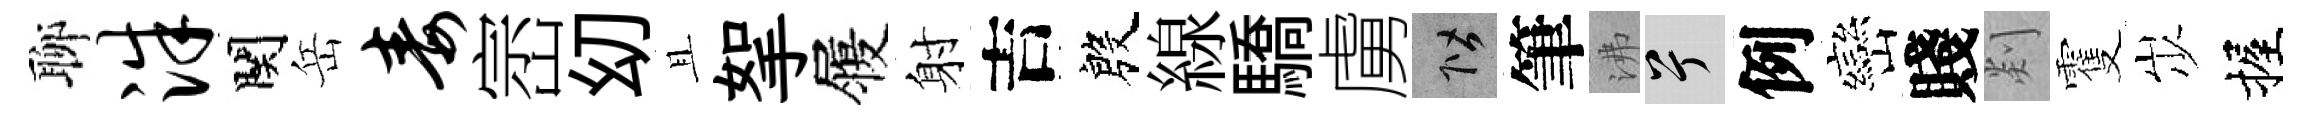
聊洙関岳毒崈㓜且挐履射吉殷線驕虜階筆沸兮例巒賤剡䨥𡵯握